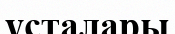
ұсталары